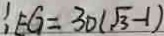
: E G = 3 0 ( \sqrt { 3 } - 1 )